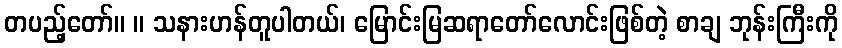
တပည့်တော်။ ။ သနားဟန်တူပါတယ်၊ မြောင်းမြဆရာတော်လောင်းဖြစ်တဲ့ စာချ ဘုန်းကြီးကို